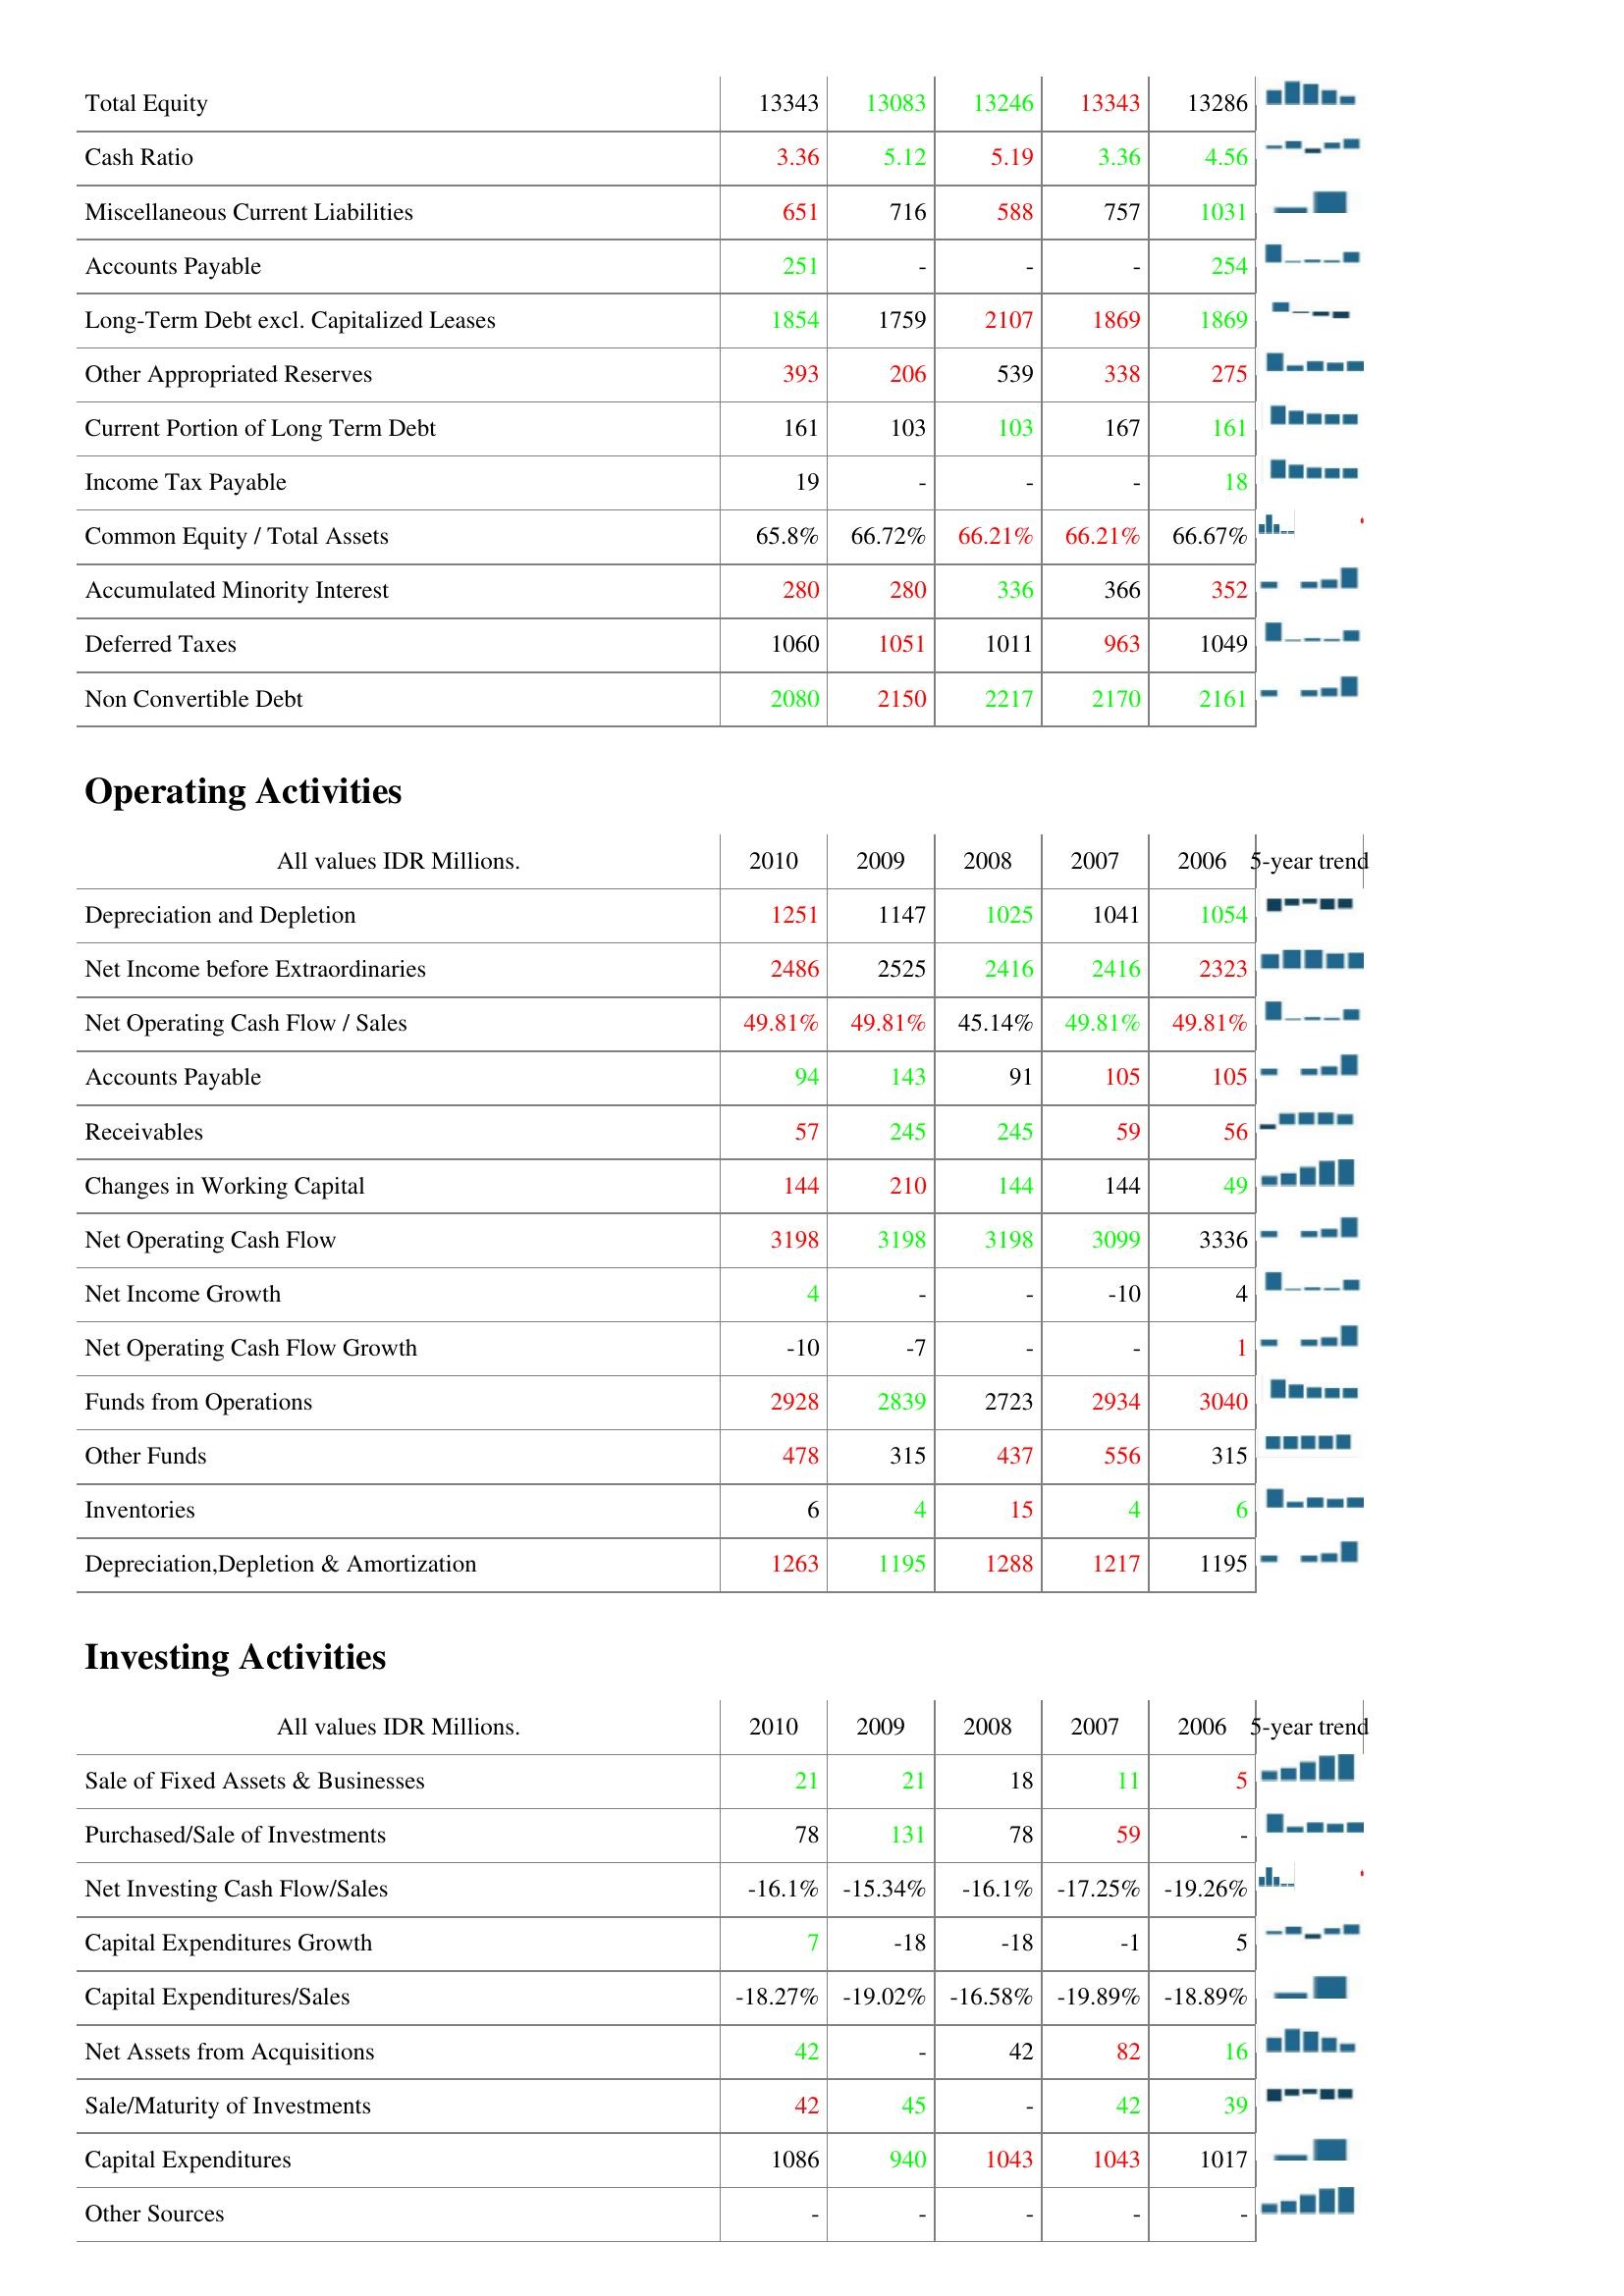
2010: Liabilities & Shareholder's Equity: Total Equity: 13343
Cash Ratio: 3.36
Miscellaneous Current Liabilities: 651
Accounts Payable: 251
Long-Term Debt excl. Capitalized Leases: 1854
Other Appropriated Reserves: 393
Current Portion of Long Term Debt: 161
Income Tax Payable: 19
Common Equity / Total Assets: 65.8%
Accumulated Minority Interest: 280
Deferred Taxes: 1060
Non Convertible Debt: 2080
Operating Activities: Depreciation and Depletion: 1251
Net Income before Extraordinaries: 2486
Net Operating Cash Flow / Sales: 49.81%
Accounts Payable: 94
Receivables: 57
Changes in Working Capital: 144
Net Operating Cash Flow: 3198
Net Income Growth: 4
Net Operating Cash Flow Growth: -10
Funds from Operations: 2928
Other Funds: 478
Inventories: 6
Depreciation,Depletion & Amortization: 1263
Investing Activities: Sale of Fixed Assets & Businesses: 21
Purchased/Sale of Investments: 78
Net Investing Cash Flow/Sales: -16.1%
Capital Expenditures Growth: 7
Capital Expenditures/Sales: -18.27%
Net Assets from Acquisitions: 42
Sale/Maturity of Investments: 42
Capital Expenditures: 1086
Other Sources: -
2009: Liabilities & Shareholder's Equity: Total Equity: 13083
Cash Ratio: 5.12
Miscellaneous Current Liabilities: 716
Accounts Payable: -
Long-Term Debt excl. Capitalized Leases: 1759
Other Appropriated Reserves: 206
Current Portion of Long Term Debt: 103
Income Tax Payable: -
Common Equity / Total Assets: 66.72%
Accumulated Minority Interest: 280
Deferred Taxes: 1051
Non Convertible Debt: 2150
Operating Activities: Depreciation and Depletion: 1147
Net Income before Extraordinaries: 2525
Net Operating Cash Flow / Sales: 49.81%
Accounts Payable: 143
Receivables: 245
Changes in Working Capital: 210
Net Operating Cash Flow: 3198
Net Income Growth: -
Net Operating Cash Flow Growth: -7
Funds from Operations: 2839
Other Funds: 315
Inventories: 4
Depreciation,Depletion & Amortization: 1195
Investing Activities: Sale of Fixed Assets & Businesses: 21
Purchased/Sale of Investments: 131
Net Investing Cash Flow/Sales: -15.34%
Capital Expenditures Growth: -18
Capital Expenditures/Sales: -19.02%
Net Assets from Acquisitions: -
Sale/Maturity of Investments: 45
Capital Expenditures: 940
Other Sources: -
2008: Liabilities & Shareholder's Equity: Total Equity: 13246
Cash Ratio: 5.19
Miscellaneous Current Liabilities: 588
Accounts Payable: -
Long-Term Debt excl. Capitalized Leases: 2107
Other Appropriated Reserves: 539
Current Portion of Long Term Debt: 103
Income Tax Payable: -
Common Equity / Total Assets: 66.21%
Accumulated Minority Interest: 336
Deferred Taxes: 1011
Non Convertible Debt: 2217
Operating Activities: Depreciation and Depletion: 1025
Net Income before Extraordinaries: 2416
Net Operating Cash Flow / Sales: 45.14%
Accounts Payable: 91
Receivables: 245
Changes in Working Capital: 144
Net Operating Cash Flow: 3198
Net Income Growth: -
Net Operating Cash Flow Growth: -
Funds from Operations: 2723
Other Funds: 437
Inventories: 15
Depreciation,Depletion & Amortization: 1288
Investing Activities: Sale of Fixed Assets & Businesses: 18
Purchased/Sale of Investments: 78
Net Investing Cash Flow/Sales: -16.1%
Capital Expenditures Growth: -18
Capital Expenditures/Sales: -16.58%
Net Assets from Acquisitions: 42
Sale/Maturity of Investments: -
Capital Expenditures: 1043
Other Sources: -
2007: Liabilities & Shareholder's Equity: Total Equity: 13343
Cash Ratio: 3.36
Miscellaneous Current Liabilities: 757
Accounts Payable: -
Long-Term Debt excl. Capitalized Leases: 1869
Other Appropriated Reserves: 338
Current Portion of Long Term Debt: 167
Income Tax Payable: -
Common Equity / Total Assets: 66.21%
Accumulated Minority Interest: 366
Deferred Taxes: 963
Non Convertible Debt: 2170
Operating Activities: Depreciation and Depletion: 1041
Net Income before Extraordinaries: 2416
Net Operating Cash Flow / Sales: 49.81%
Accounts Payable: 105
Receivables: 59
Changes in Working Capital: 144
Net Operating Cash Flow: 3099
Net Income Growth: -10
Net Operating Cash Flow Growth: -
Funds from Operations: 2934
Other Funds: 556
Inventories: 4
Depreciation,Depletion & Amortization: 1217
Investing Activities: Sale of Fixed Assets & Businesses: 11
Purchased/Sale of Investments: 59
Net Investing Cash Flow/Sales: -17.25%
Capital Expenditures Growth: -1
Capital Expenditures/Sales: -19.89%
Net Assets from Acquisitions: 82
Sale/Maturity of Investments: 42
Capital Expenditures: 1043
Other Sources: -
2006: Liabilities & Shareholder's Equity: Total Equity: 13286
Cash Ratio: 4.56
Miscellaneous Current Liabilities: 1031
Accounts Payable: 254
Long-Term Debt excl. Capitalized Leases: 1869
Other Appropriated Reserves: 275
Current Portion of Long Term Debt: 161
Income Tax Payable: 18
Common Equity / Total Assets: 66.67%
Accumulated Minority Interest: 352
Deferred Taxes: 1049
Non Convertible Debt: 2161
Operating Activities: Depreciation and Depletion: 1054
Net Income before Extraordinaries: 2323
Net Operating Cash Flow / Sales: 49.81%
Accounts Payable: 105
Receivables: 56
Changes in Working Capital: 49
Net Operating Cash Flow: 3336
Net Income Growth: 4
Net Operating Cash Flow Growth: 1
Funds from Operations: 3040
Other Funds: 315
Inventories: 6
Depreciation,Depletion & Amortization: 1195
Investing Activities: Sale of Fixed Assets & Businesses: 5
Purchased/Sale of Investments: -
Net Investing Cash Flow/Sales: -19.26%
Capital Expenditures Growth: 5
Capital Expenditures/Sales: -18.89%
Net Assets from Acquisitions: 16
Sale/Maturity of Investments: 39
Capital Expenditures: 1017
Other Sources: -